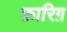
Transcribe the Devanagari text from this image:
फ़ारिग़